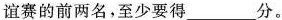
谊赛的前两名，至少要得___分。